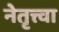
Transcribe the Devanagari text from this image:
नेतृत्त्वा